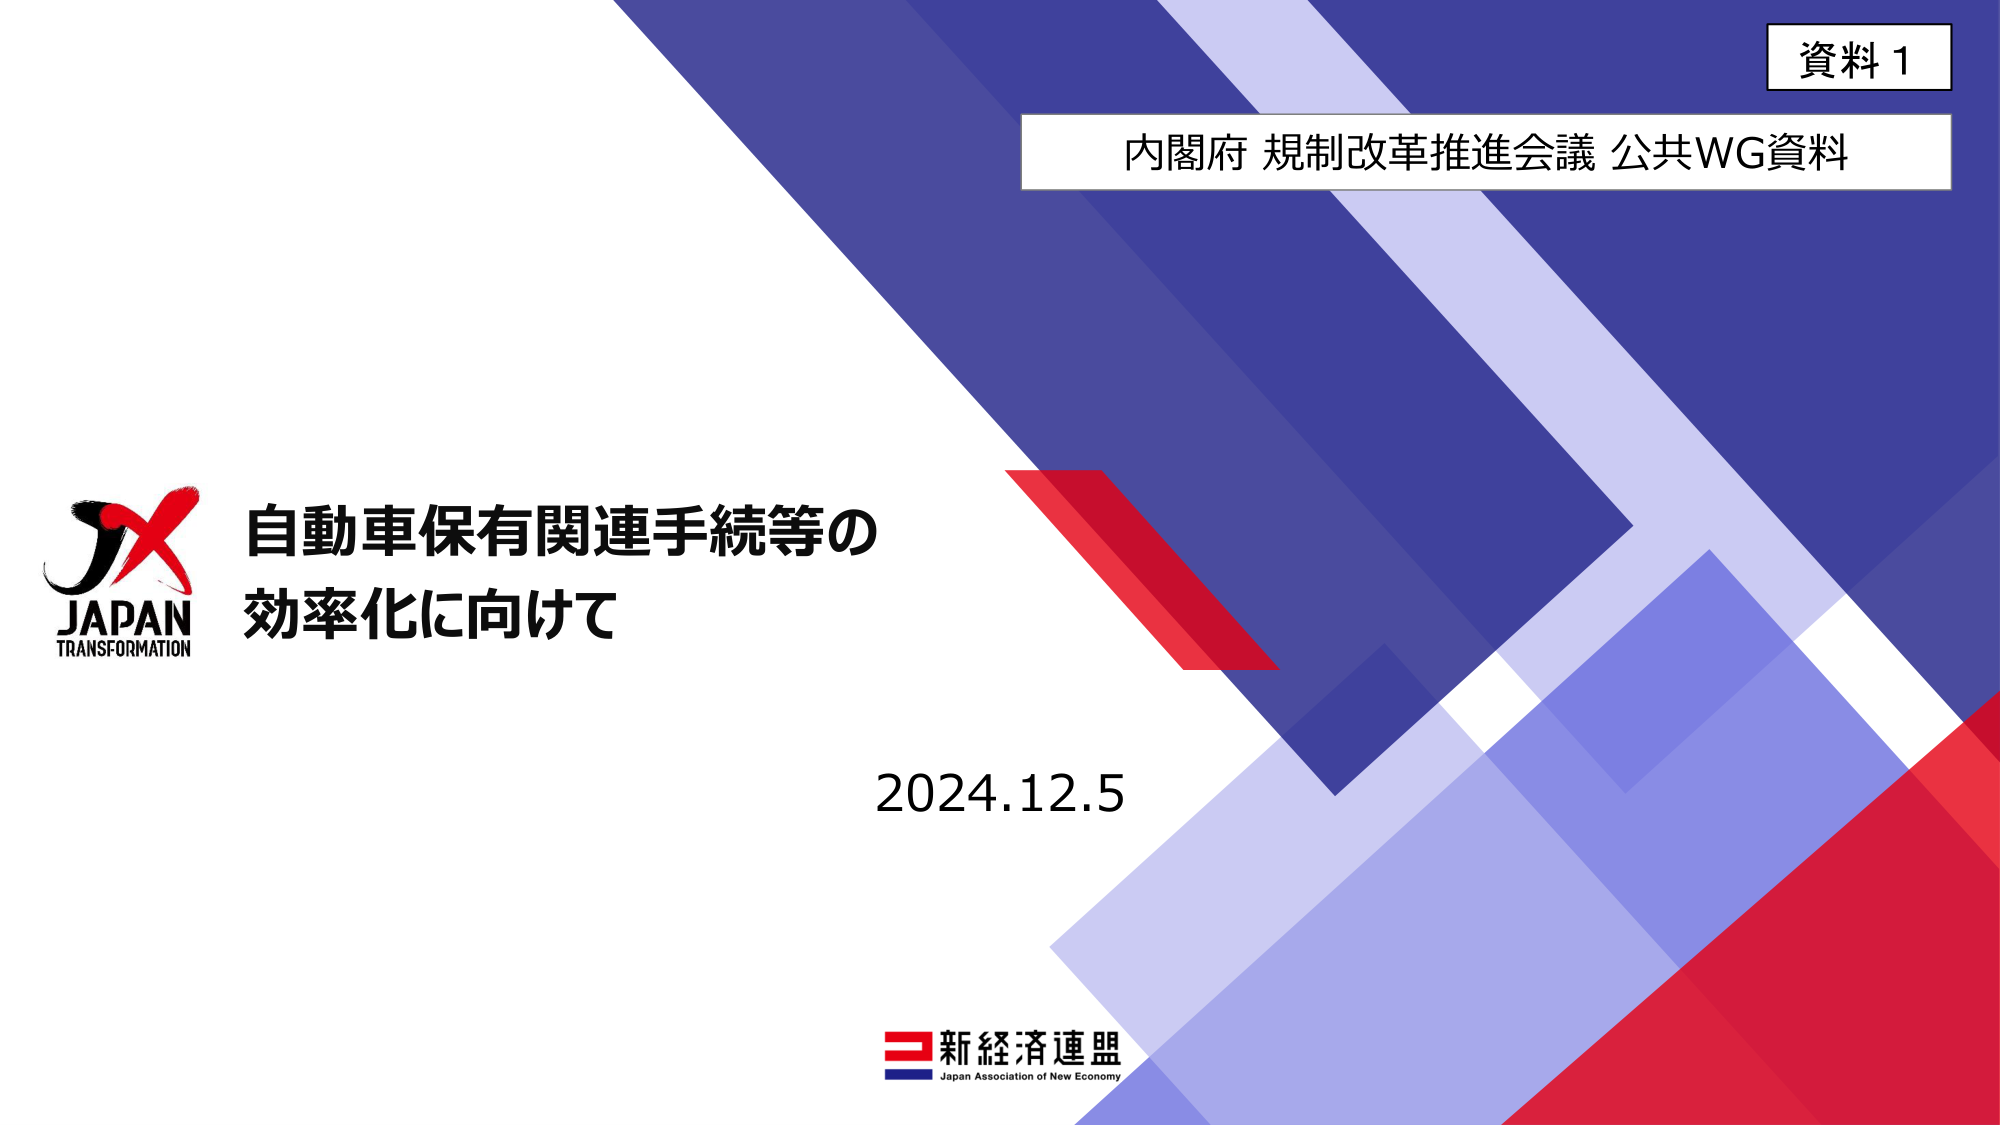
資料１
内閣府 規制改革推進会議 公共WG資料
JX
JAPAN
TRANSFORMATION
自動車保有関連手続等の
効率化に向けて
2024.12.5
新経済連盟
Japan Association of New Economy